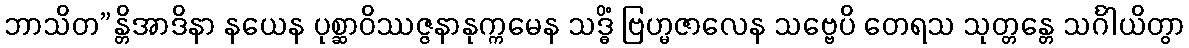
ဘာသိတ”န္တိအာဒိနာ နယေန ပုစ္ဆာဝိဿဇ္ဇနာနုက္ကမေန သဒ္ဓိံ ဗြဟ္မဇာလေန သဗ္ဗေပိ တေရသ သုတ္တန္တေ သင်္ဂါယိတွာ